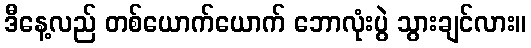
ဒီနေ့လည် တစ်ယောက်ယောက် ဘောလုံးပွဲ သွားချင်လား။